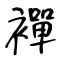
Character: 襌